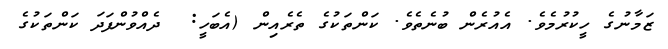
ޒަމާނުގެ ހީކުރުމެވެ. އެއުރެން ބުނެތެވެ. ކަންތަކުގެ ތެރެއިން (އެބަހީ:  ދެއްވުންފަދަ ކަންތަކުގެ